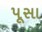
પૂસા